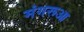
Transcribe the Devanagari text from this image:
मंगरूआ